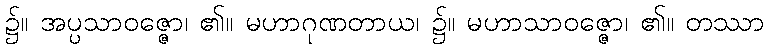
၌။ အပ္ပသာဝဇ္ဇော၊ ၏။ မဟာဂုဏတာယ၊ ၌။ မဟာသာဝဇ္ဇော၊ ၏။ တဿာ